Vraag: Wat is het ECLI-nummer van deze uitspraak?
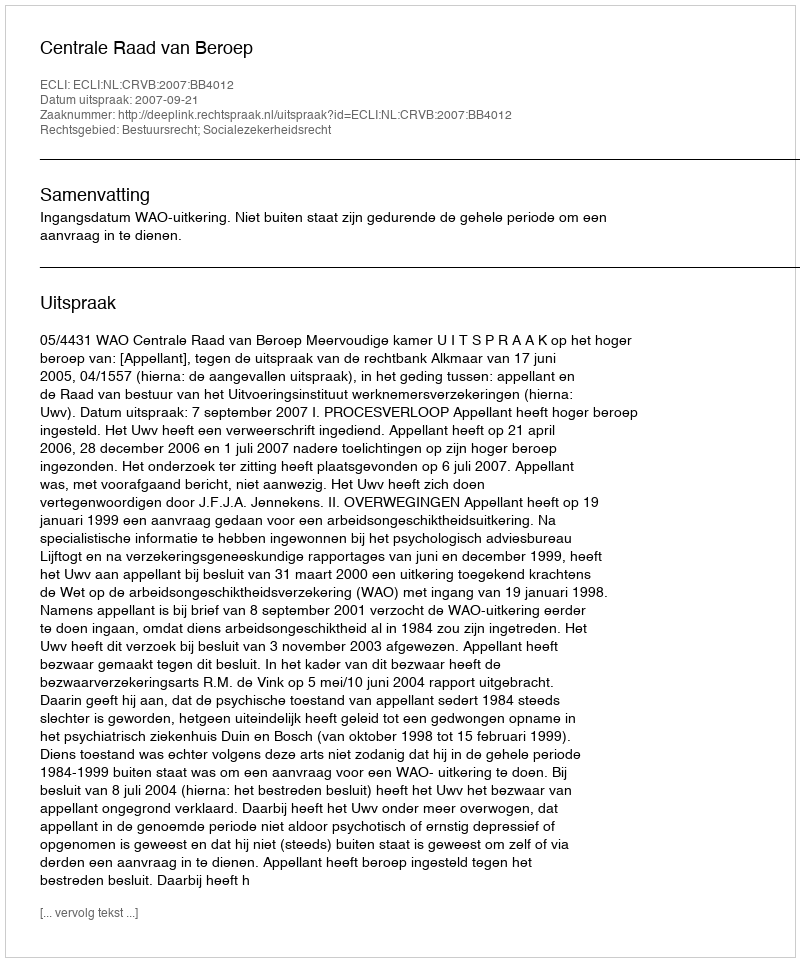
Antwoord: ECLI:NL:CRVB:2007:BB4012